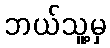
ဘယ်သူ့မှ